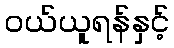
ဝယ်ယူရန်နှင့်